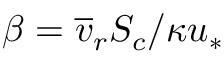
\beta = \overline { { v } } _ { r } S _ { c } / \kappa u _ { * }